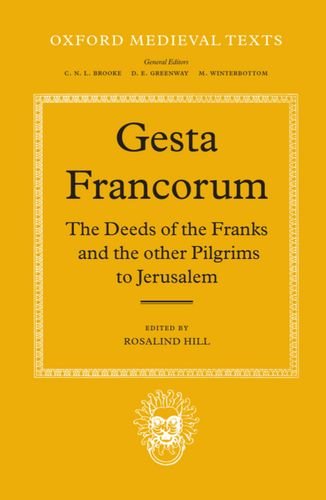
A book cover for Gesta Francorum et aliorum Hierosolimitanorum: The Deeds of the Franks and the other Pilgrims to Jerusalem (Oxford Medieval Texts); Literature & Fiction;